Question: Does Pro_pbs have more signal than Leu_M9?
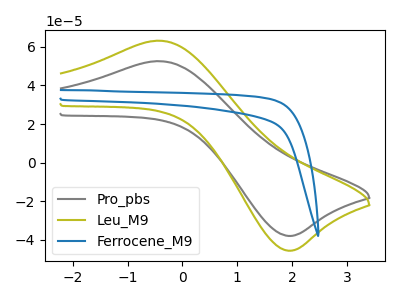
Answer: <think>The gray curve "Pro_pbs" has an anodic peak at (-0.40V, 52.50uA) and a cathodic peak at (1.90V, -37.90uA). The olive curve "Leu_M9" has an anodic peak at (-0.40V, 63.10uA) and a cathodic peak at (1.90V, -45.55uA). The blue curve "Ferrocene_M9" has no peaks.
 All the peaks in "Pro_pbs" have a peak in "Leu_M9" at the same potential. Every peak in "Pro_pbs" is lower than every peak in "Leu_M9".</think>
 <answer>"Pro_pbs" has less signal than "Leu_M9".</answer>
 <eval>less_signal</eval>